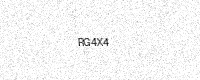
Text: RG4X4